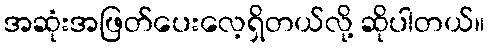
အဆုံးအဖြတ်ပေးလေ့ရှိတယ်လို့ ဆိုပါတယ်။